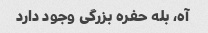
آه، بله حفره بزرگی وجود دارد